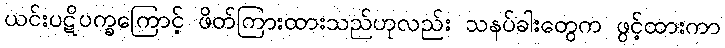
ယင်းပဋိပက္ခကြောင့် ဖိတ်ကြားထားသည်ဟုလည်း သနပ်ခါးတွေက ဖွင့်ထားကာ